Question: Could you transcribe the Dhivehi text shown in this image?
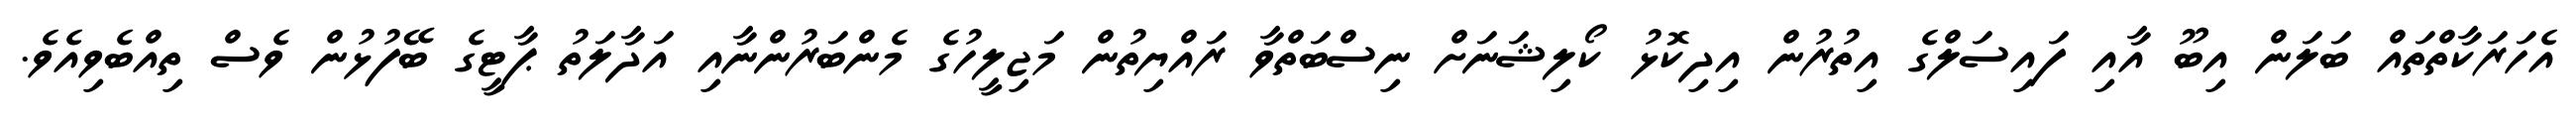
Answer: އެހަރަކާތްތައް ބަލަން އިބޫ އާއި ފައިސަލްގެ އިތުރުން އިދިކޮޅު ކޯލިޝަނަށް ނިސްބަތްވާ ރައްޔިތުން މަޖިލީހުގެ މެންބަރުންނާއި އަދާލަތު ޕާޓީގެ ބޭފުޅުން ވެސް ތިއްބެވިއެވެ.